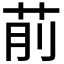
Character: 𦮯